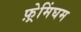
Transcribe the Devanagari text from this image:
फ़्रेमिंघम